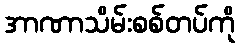
အာဏာသိမ်းစစ်တပ်ကို